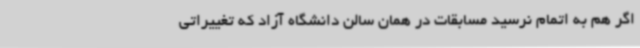
اگر هم به اتمام نرسید مسابقات در همان سالن دانشگاه آزاد که تغییراتی